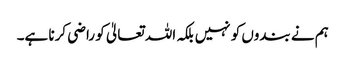
ہم نے بندوں کو نہیں بلکہ اللہ تعالیٰ کو راضی کرنا ہے۔